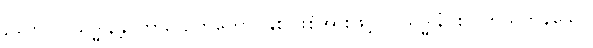
ဥဘော ဝိသုဒ္ဓါနန္တိ၊ ကား။ ဥဘတော၊ နှစ်ပါးစုံအားဖြင့်။ ဝိသုဒ္ဓါနံ၊ စင်ကြယ်ကုန်သော